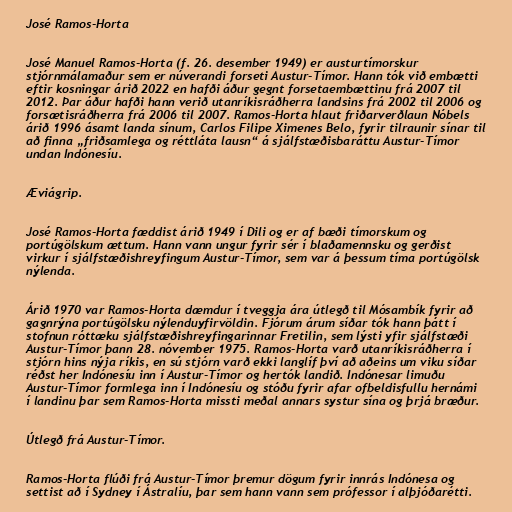
José Ramos-Horta

José Manuel Ramos-Horta (f. 26. desember 1949) er austurtímorskur
stjórnmálamaður sem er núverandi forseti Austur-Tímor. Hann tók við embætti
eftir kosningar árið 2022 en hafði áður gegnt forsetaembættinu frá 2007 til
2012. Þar áður hafði hann verið utanríkisráðherra landsins frá 2002 til 2006 og
forsætisráðherra frá 2006 til 2007. Ramos-Horta hlaut friðarverðlaun Nóbels
árið 1996 ásamt landa sínum, Carlos Filipe Ximenes Belo, fyrir tilraunir sínar til
að finna „friðsamlega og réttláta lausn“ á sjálfstæðisbaráttu Austur-Tímor
undan Indónesíu.

Æviágrip.

José Ramos-Horta fæddist árið 1949 í Dili og er af bæði tímorskum og
portúgölskum ættum. Hann vann ungur fyrir sér í blaðamennsku og gerðist
virkur í sjálfstæðishreyfingum Austur-Tímor, sem var á þessum tíma portúgölsk
nýlenda.

Árið 1970 var Ramos-Horta dæmdur í tveggja ára útlegð til Mósambík fyrir að
gagnrýna portúgölsku nýlenduyfirvöldin. Fjórum árum síðar tók hann þátt í
stofnun róttæku sjálfstæðishreyfingarinnar Fretilin, sem lýsti yfir sjálfstæði
Austur-Tímor þann 28. nóvember 1975. Ramos-Horta varð utanríkisráðherra í
stjórn hins nýja ríkis, en sú stjórn varð ekki langlíf því að aðeins um viku síðar
réðst her Indónesíu inn í Austur-Tímor og hertók landið. Indónesar limuðu
Austur-Tímor formlega inn í Indónesíu og stóðu fyrir afar ofbeldisfullu hernámi
í landinu þar sem Ramos-Horta missti meðal annars systur sína og þrjá bræður.

Útlegð frá Austur-Tímor.

Ramos-Horta flúði frá Austur-Tímor þremur dögum fyrir innrás Indónesa og
settist að í Sydney í Ástralíu, þar sem hann vann sem prófessor í alþjóðarétti.